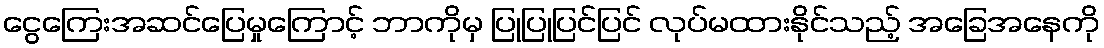
ငွေကြေးအဆင်ပြေမှုကြောင့် ဘာကိုမှ ပြုပြုပြင်ပြင် လုပ်မထားနိုင်သည့် အခြေအနေကို